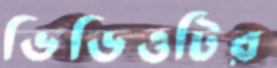
ভিডিওটির